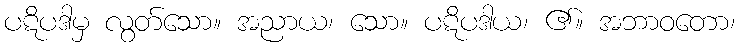
ပဋိပဒါမှ လွတ်သော။ အညာယ၊ သော။ ပဋိပဒါယ၊ ၏။ အဘာဝတော၊